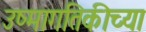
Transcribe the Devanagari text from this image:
उष्मागतिकीच्या